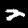
Digit: 2